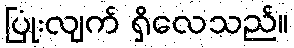
ပြုံးလျက် ရှိလေသည်။